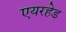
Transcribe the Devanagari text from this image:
एयरहेड